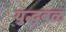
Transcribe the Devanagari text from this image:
युद्धबळ